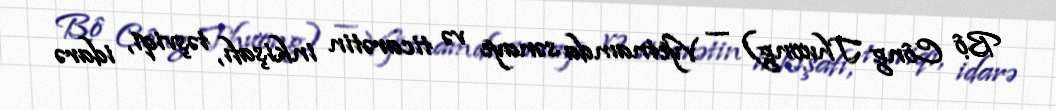
Bộ Công Thương) — Vyetnamda sənaye və ticarətin inkişafı, təşviqi, idarə